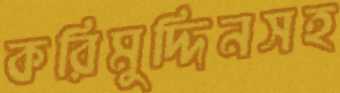
করিমুদ্দিনসহ